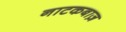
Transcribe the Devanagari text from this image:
नाटकबाज़